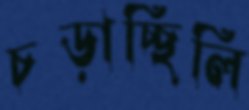
চড়াচ্ছিলি